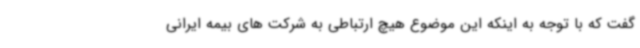
گفت که با توجه به اینکه این موضوع هیچ ارتباطی به شرکت های بیمه ایرانی